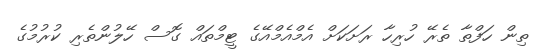
ތިން ހަފްތާ ތެރޭ ހުރިހާ ރަށަކަށް އެމްއެމްއޭގެ ޓީމްތައް ގޮސް ހޭލުންތެރި ކުރުމުގެ